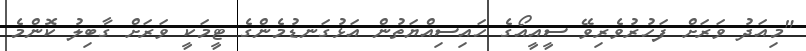
"މިއަދު ވަރަށް ފަހުރުވެރިވޭ ސީއީއޯގެ ހައިސިއްޔަތުން އަޅުގަނޑުމެންގެ ޓީމަކީ ވަރަށް ގާބިލު ކޮންމެ